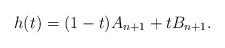
LaTeX: \begin{align*} h (t) = (1 - t) A_{n + 1} + tB_{n + 1} . \end{align*}